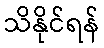
သိနိုင်ရန်